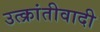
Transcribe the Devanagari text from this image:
उत्क्रांतीवादी